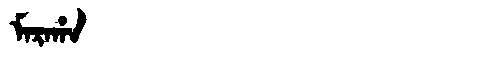
Manchu: ᠮᠠᡵᠠᡥᠠ
Romanization: MARAHA